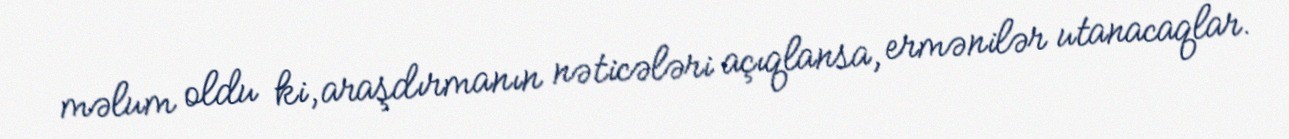
məlum oldu ki, araşdırmanın nəticələri açıqlansa, ermənilər utanacaqlar.